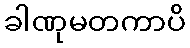
ခါဏုမတကာပိ